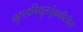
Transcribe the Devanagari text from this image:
गुरुत्वविद्युतचुंबकीतील